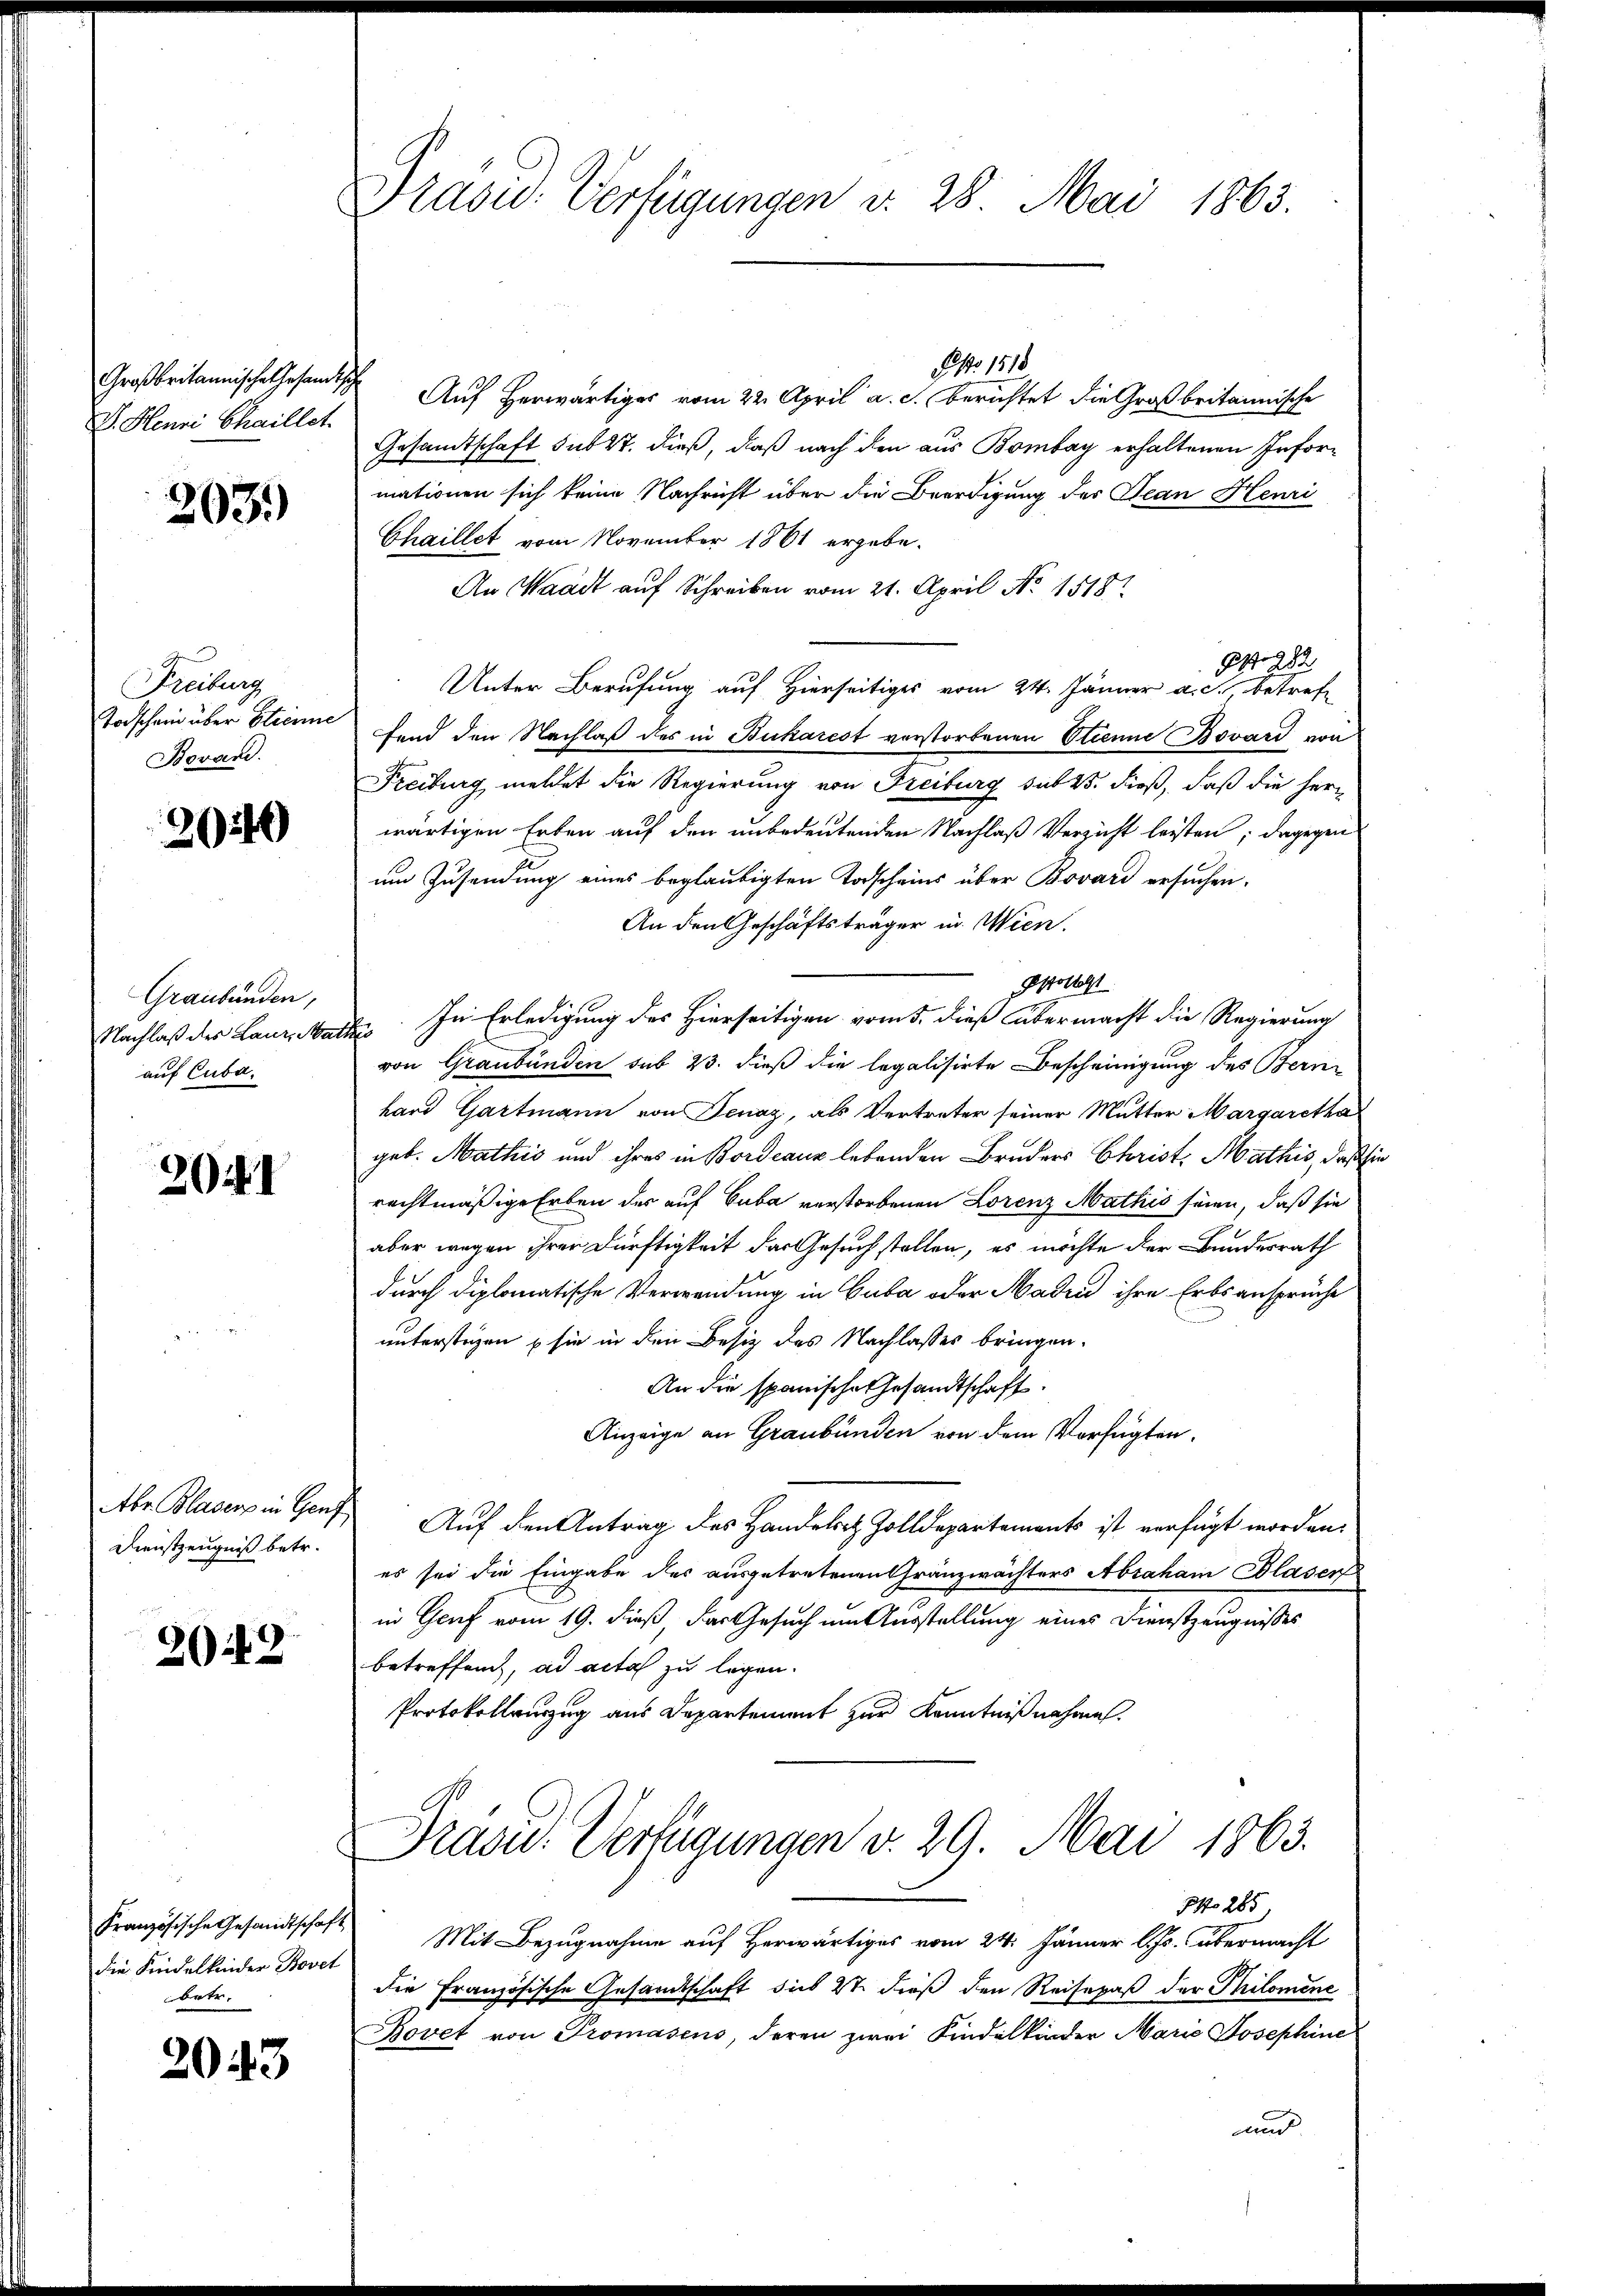
Großbritannische Gesandtsche
V. Henri Chaillet

203.

Freiburg
Todschein über Etienne
Bovand.

240

Graubünden,
Nachlaß des Laur, Na
auf Cuba

2041

Dienstzeugniß betr.

243

die Kindelkinder Bovet
betr.

2043

Drasu: Verfügungen v. 28. Mai 1863.

Pisto 1818
Auf herwärtiges vom 22. April a. c. berichtet die Großbritannische
Gesandtschaft sub 27. dieß, daß nach den aus Bombay erhaltenen Informationen sich keine Nachricht über die Beerdigung des Jean Henri
Chaillet vom November 1861 ergebe¬
An Waadt auf Schreiben vom 21. April No 1818.
Pr. 282
Unter Berufung auf Hierseitiges vom 24. Jänner a. c., betreffend den Nachlaß des in Bukarest verstorbenen Strenne Bovárd von
Freiburg meldet die Regierung von Freiburg sub 15. dieß, daß die herwärtigen Erben auf den unbedeutenden Nachlaß Versicht leisten; dagegen
um Zusendung eines beglaubigten Todscheins über Bovard ersuchen.
An den Geschäftsträger in Wien.
soltest
. In Erledigung des Hierseitigen vom 5. dieß übermacht die Regierung
von Graubünden sub 23. dieß die legalisirte Bescheinigung des Bern-
hard Gartmann von Jenay, als Vertreter seiner Mutter Margaretha
geb. Mathis und ihres in Bordeaux lebenden Bruders Christ. Mathis, daß
rechtmäßige Erben der auf Cuba verstorbenen Lorenz Mathis seien, daß sie
aber wegen ihrer Dürftigkeit das Gesuch stellen, es möchte der Bundesrath
durch diplomatische Verwendung in Guba oder Madin ihre Erbsansprüche
unterstüzen sie in den Besitz des Nachlasses bringen.
An die spanische Gesandtschaft.
Anzeige an Graubünden von dem Verfügten.
Abe Blaser in Genf Auf den Antrag des Handelsatz Zolldepartements ist verfügt worden.
es sei die Eingabe des ausgetretenen Gränzwächters Abraham Blasen
in Genf vom 19. dieß, das Gesuch um Ausstellung eines Dienstzeugnisses
betreffend, ad acta zu legen.
Protokollauszug aus Departement zur Kenntnißnahme.
Präsid.: Verfügungen v. 29. Mai 1863.
INo 285
Französische Gesandtschaft Mit Bezugnahme auf Herwärtiges vom 24. Jänner l. Js. übermacht
die Französische Gesandtschaft dies 2t dieß den Reisepaß der Philomine
Bovet von Promasens, deren zwei Kindelkinder Maria Josephine
r